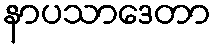
နာပသာဒေတာ